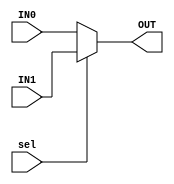
module MUX #(parameter Width = 2) (
    input wire [Width - 1:0] IN0,
    input wire [Width - 1:0] IN1,
    input wire       sel,  

    output reg [Width - 1:0] OUT
);

always @ (*)
begin
    if (sel)
        OUT = IN1;

    else 
        OUT = IN0;
end


endmodule